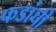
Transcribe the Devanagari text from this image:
फडांची